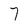
Character: 7